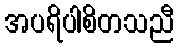
အပရိပါစိတသညီ